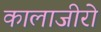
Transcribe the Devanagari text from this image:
कालाजीरो